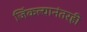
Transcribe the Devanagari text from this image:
जिंकल्यानंतरही